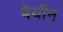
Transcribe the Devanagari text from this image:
बेयॉन